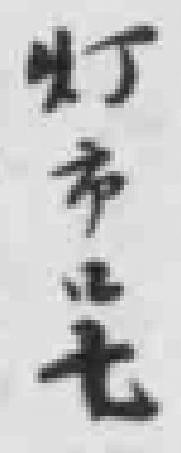
灯市口七